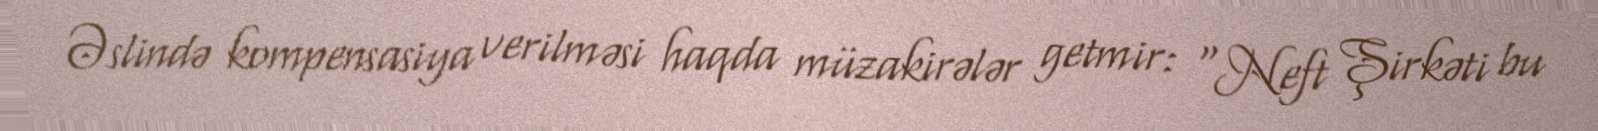
Əslində kompensasiya verilməsi haqda müzakirələr getmir: “Neft Şirkəti bu